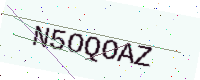
Text: N5OQOAZ